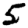
Digit: 5